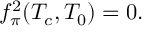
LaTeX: f _ { \pi } ^ { 2 } ( T _ { c } , T _ { 0 } ) = 0 .